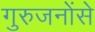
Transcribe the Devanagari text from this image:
गुरुजनोंसे